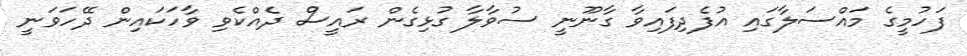
ފަހުމީގެ މައްސަލާގައި އުފެދިފައިވާ ގާނޫނީ ސުވާލާ ގުޅިގެން ރައީސް ދެއްކެވި ވާހަކައިން ދޭހަވަނީ